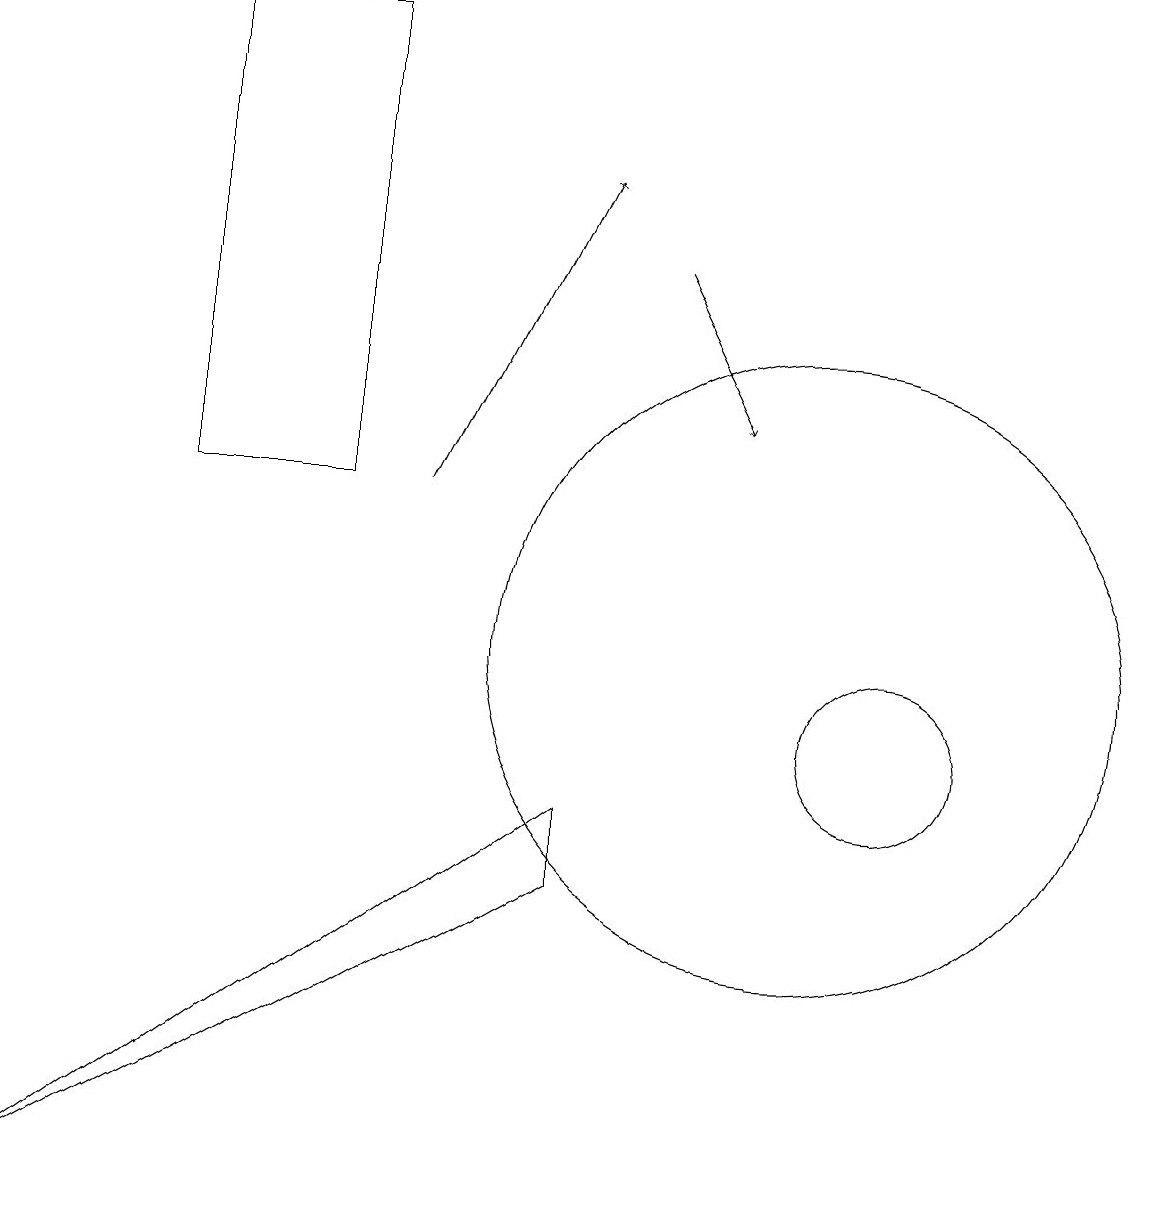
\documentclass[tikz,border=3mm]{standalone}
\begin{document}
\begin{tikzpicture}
\draw (7,8) -- (7,9) -- (0,4) -- cycle;
\draw[->] (8,16) -- (9,14);
\draw (11,10) circle (1);
\draw (11,10) circle (0);
\draw (2,13) rectangle (4,19);
\draw[->] (5,13) -- (7,17);
\draw (10,11) circle (4);
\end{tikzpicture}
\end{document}